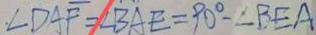
\angle D A F = \angle B A E = 9 0 ^ { \circ } - \angle B E A